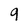
Character: 9